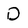
Character: D